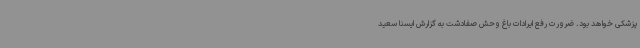
پزشکی خواهد بود. ضرورت رفع ایرادات باغ وحش صفادشت به گزارش ایسنا سعید